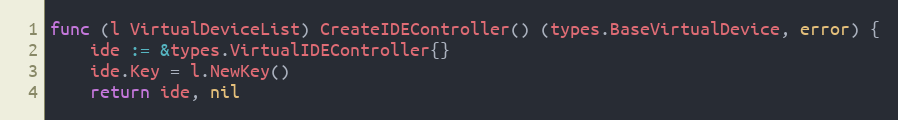
Language: Go
func (l VirtualDeviceList) CreateIDEController() (types.BaseVirtualDevice, error) {
	ide := &types.VirtualIDEController{}
	ide.Key = l.NewKey()
	return ide, nil